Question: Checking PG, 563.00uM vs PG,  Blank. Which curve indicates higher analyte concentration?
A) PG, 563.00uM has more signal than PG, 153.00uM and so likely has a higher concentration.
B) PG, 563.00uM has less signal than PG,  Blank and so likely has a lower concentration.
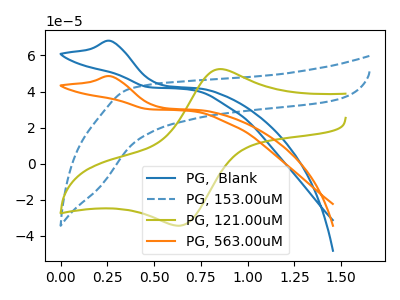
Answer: <think>The blue curve "PG,  Blank" has an anodic peak at: (0.25V, 68.05uA). The blue dashed curve "PG, 153.00uM" has no peaks. The olive curve "PG, 121.00uM" has an anodic peak at (0.85V, 52.45uA) and a cathodic peak at (0.65V, -34.35uA). The orange curve "PG, 563.00uM" has an anodic peak at: (0.25V, 48.50uA).
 All the peaks in "PG, 563.00uM" have a peak in "PG,  Blank" at the same potential. Every peak in "PG, 563.00uM" is lower than every peak in "PG,  Blank".</think>
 <answer>B) "PG, 563.00uM" has less signal than "PG,  Blank" and so likely has a lower concentration.</answer>
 <eval>B</eval>